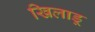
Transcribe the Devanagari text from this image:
खिलाडू